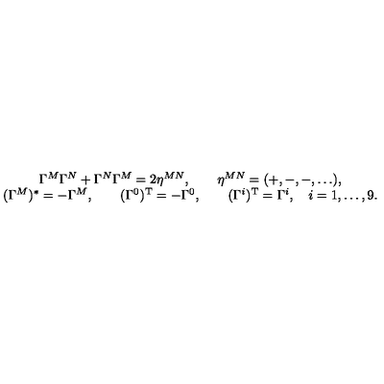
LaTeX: \begin{array} { c } { \Gamma ^ { M } \Gamma ^ { N } + \Gamma ^ { N } \Gamma ^ { M } = 2 \eta ^ { M N } , \qquad \eta ^ { M N } = ( + , - , - , \dots ) , } \\ { ( \Gamma ^ { M } ) ^ { * } = - \Gamma ^ { M } , \qquad ( \Gamma ^ { 0 } ) ^ { \mathrm { T } } = - \Gamma ^ { 0 } , \qquad ( \Gamma ^ { i } ) ^ { \mathrm { T } } = \Gamma ^ { i } , \quad i = 1 , \dots , 9 . } \\ \end{array}